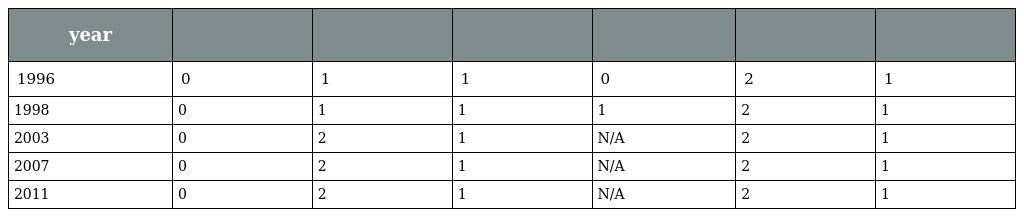
| year |  |  |  |  |  |  |
 | --- | --- | --- | --- | --- | --- | --- |
 | 1996 | 0 | 1 | 1 | 0 | 2 | 1 |
 | 1998 | 0 | 1 | 1 | 1 | 2 | 1 |
 | 2003 | 0 | 2 | 1 | N/A | 2 | 1 |
 | 2007 | 0 | 2 | 1 | N/A | 2 | 1 |
 | 2011 | 0 | 2 | 1 | N/A | 2 | 1 |